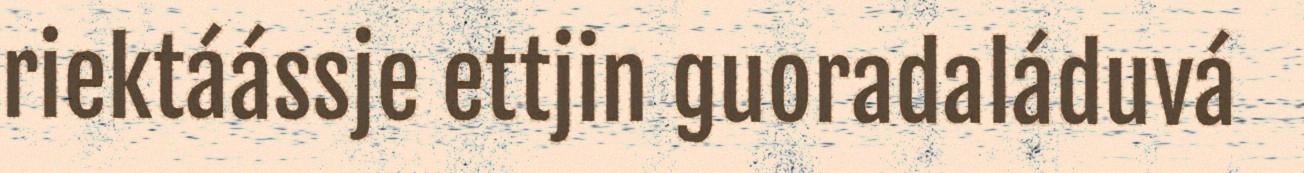
riektáássje ettjin guoradaláduvá